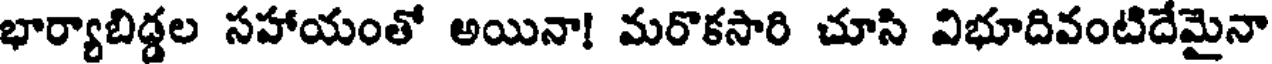
భార్యాబిడ్డల సహాయంతో అయినా! మరొకసారి చూసి విభూదివంటిదేమైనా